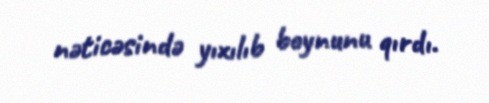
nəticəsində yıxılıb boynunu qırdı.